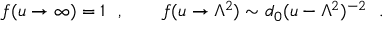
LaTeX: f ( u \to \infty ) = 1 \ \ , \qquad f ( u \to \Lambda ^ { 2 } ) \sim d _ { 0 } ( u - \Lambda ^ { 2 } ) ^ { - 2 } \ \ .